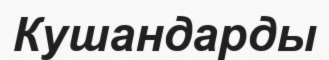
Кушандарды